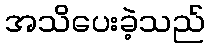
အသိပေးခဲ့သည်